Vaccination in the Punjab 1905-1918 - 1905-1918
Year: 1905
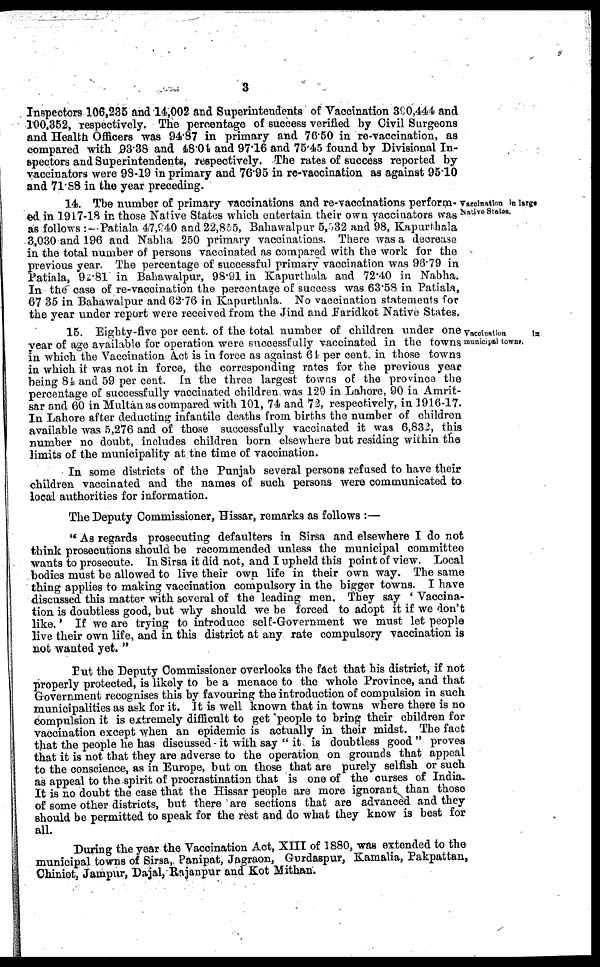
3
Inspectors 106,235 and 14,002 and Superintendents of Vaccination 390,444 and
100,352, respectively. The percentage of success verified by Civil Surgeons
and Health Officers was 94.87 in primary and 76.50 in re-vaccination, as
compared with 93.38 and 48.04 and 97.16 and 75.45 found by Divisional In-
spectors and Superintendents, respectively. The rates of success reported by
vaccinators were 98.19 in primary and 76.95 in re-vaccination as against 95.10
and 71.88 in the year preceding.
Vaccination in large
Native States.
14. The number of primary vaccinations and re-vaccinations perform-
ed in 1917-18 in those Native States which entertain their own vaccinators was
as follows :- Patiala 47,940 and 22,855, Bahawalpur 5,532 and 98, Kapurthala
3,030 and 196 and Nabha 250 primary vaccinations. There was a decrease
in the total number of persons vaccinated as compared with the work for the
previous year. The percentage of successful primary vaccination was 98.79 in
Patiala, 92.81 in Bahawalpur, 98.91 in Kapurthala and 72.40 in Nabha.
In the case of re-vaccination the percentage of success was 63.58 in Patiala,
67.35 in Bahawalpur and 62.76 in Kapurthala. No vaccination statements for
the year under report were received from the Jind and Faridkot Native States,
Vaccination
in
municipal towns.
15. Eighty-five per cent. of the total number of children under one
year of age available for operation were successfully vaccinated in the towns
in which the Vaccination Act is in force as against 64 per cent in those towns
in which it was not in force, the corresponding rates for the previous year
being 8i and 59 per cent. In the three largest towns of the province the
percentage of successfully vaccinated children was 129 in Lahore, 90 in Amrit¬
sar and 60 in Multan as compared with 101, 74 and 72, respectively, in 1916-17.
In Lahore after deducting infantile deaths from births the number of children
available was 5,276 and of those successfully vaccinated it was 6,832, this
number no doubt, includes children born elsewhere but residing within the
limits of the municipality at the time of vaccination.
In some districts of the Punjab several persons refused to have their
children vaccinated and the names of such persons were communicated to
local authorities for information.
The Deputy Commissioner, Hissar, remarks as follows :—
" As regards prosecuting defaulters in Sirsa and elsewhere I do not
think prosecutions should be recommended unless the municipal committee
wants to prosecute. In Sirsa it did not, and I upheld this point of view. Local
bodies must be allowed to live their own life in their own way. The same
thing applies to making vaccination compulsory in the bigger towns. I have
discussed this matter with several of the leading men. They say ' Vaccina-
tion is doubtless good, but why should we be forced to adopt it if we don't
like.' If we are trying to introduce self-Government we must let people
live their own life, and in this district at any rate compulsory vaccination is
not wanted yet. "
Put the Deputy Commissioner overlooks the fact that his district, if not
properly protected, is likely to be a menace to the whole Province, and that
Government recognises this by favouring the introduction of compulsion in such
municipalities as ask for it. It is well known that in towns where there is no
compulsion it is extremely difficult to get people to bring their children for
vaccination except when an epidemic is actually in their midst. The fact
that the people he has discussed it with say "it is doubtless good " proves
that it is not that they are adverse to the operation on grounds that appeal
to the conscience, as in Europe, but on those that are purely selfish or such
as appeal to the spirit of procrastination that is one of the curses of India.
It is no doubt the case that the Hissar people are more ignorant than those
of some other districts, but there are sections that are advanced and they
should be permitted to speak for the rest and do what they know is best for
all.
During the year the Vaccination Act, XIII of 1880, was extended to the
municipal towns of Sirsa, Panipat, Jagraon, Gurdaspur, Kamalia, Pakpattan,
Chiniot, Jampur, Dajal, Rajanpur and Kot Mithan.